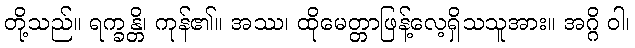
တို့သည်။ ရက္ခန္တိ၊ ကုန်၏။ အဿ၊ ထိုမေတ္တာဖြန့်လေ့ရှိသသူအား။ အဂ္ဂိ ဝါ၊